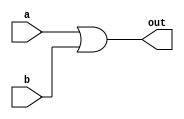
`timescale 1ns / 1ps
//////////////////////////////////////////////////////////////////////////////////
// Company: 
// Engineer: 
// 
// Design Name: 
// Module Name:    ORG 
// Project Name: 
// Target Devices: 
// Tool versions: 
// Description: 
//
// Dependencies: 
//
// Revision: 
// Revision 0.01 - File Created
// Additional Comments: 
//
//////////////////////////////////////////////////////////////////////////////////
module ORG(
    input a,
    input b,
    output out
    );

assign out = a || b;

endmodule